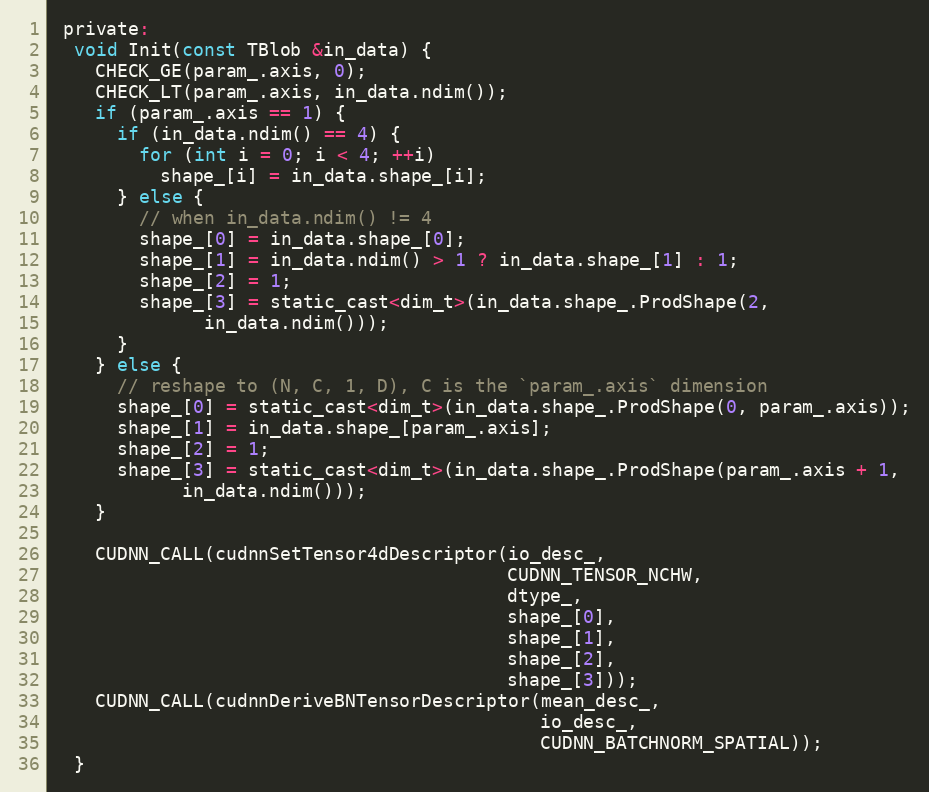
Language: C
 private:
  void Init(const TBlob &in_data) {
    CHECK_GE(param_.axis, 0);
    CHECK_LT(param_.axis, in_data.ndim());
    if (param_.axis == 1) {
      if (in_data.ndim() == 4) {
        for (int i = 0; i < 4; ++i)
          shape_[i] = in_data.shape_[i];
      } else {
        // when in_data.ndim() != 4
        shape_[0] = in_data.shape_[0];
        shape_[1] = in_data.ndim() > 1 ? in_data.shape_[1] : 1;
        shape_[2] = 1;
        shape_[3] = static_cast<dim_t>(in_data.shape_.ProdShape(2,
              in_data.ndim()));
      }
    } else {
      // reshape to (N, C, 1, D), C is the `param_.axis` dimension
      shape_[0] = static_cast<dim_t>(in_data.shape_.ProdShape(0, param_.axis));
      shape_[1] = in_data.shape_[param_.axis];
      shape_[2] = 1;
      shape_[3] = static_cast<dim_t>(in_data.shape_.ProdShape(param_.axis + 1,
            in_data.ndim()));
    }

    CUDNN_CALL(cudnnSetTensor4dDescriptor(io_desc_,
                                          CUDNN_TENSOR_NCHW,
                                          dtype_,
                                          shape_[0],
                                          shape_[1],
                                          shape_[2],
                                          shape_[3]));
    CUDNN_CALL(cudnnDeriveBNTensorDescriptor(mean_desc_,
                                             io_desc_,
                                             CUDNN_BATCHNORM_SPATIAL));
  }